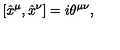
\left[ \hat { x } ^ { \mu } , \hat { x } ^ { \nu } \right] = i \theta ^ { \mu \nu } ,